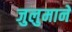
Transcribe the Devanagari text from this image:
जुलुमाने